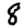
Digit: 8